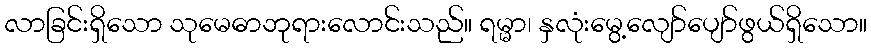
လာခြင်းရှိသော သုမေဓာဘုရားလောင်းသည်။ ရမ္မာ၊ နှလုံးမွေ့လျော်ပျော်ဖွယ်ရှိသော။